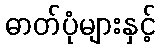
ဓာတ်ပုံများနှင့်